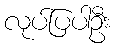
လုပ်ပြပါဦး